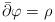
LaTeX: \begin{align*}\bar\partial\varphi=\rho\end{align*}